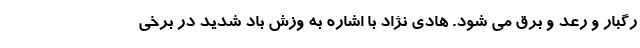
رگبار و رعد و برق می شود. هادی نژاد با اشاره به وزش باد شدید در برخی